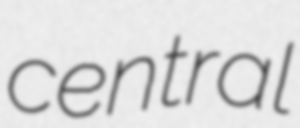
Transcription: central